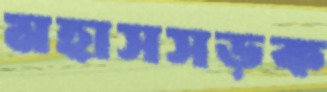
মহাসসড়ক